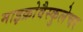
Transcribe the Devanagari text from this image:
माइक्रोवैस्कुलेचर